Indian journal of veterinary science and animal husbandry - Volume 1,
Year: 1931
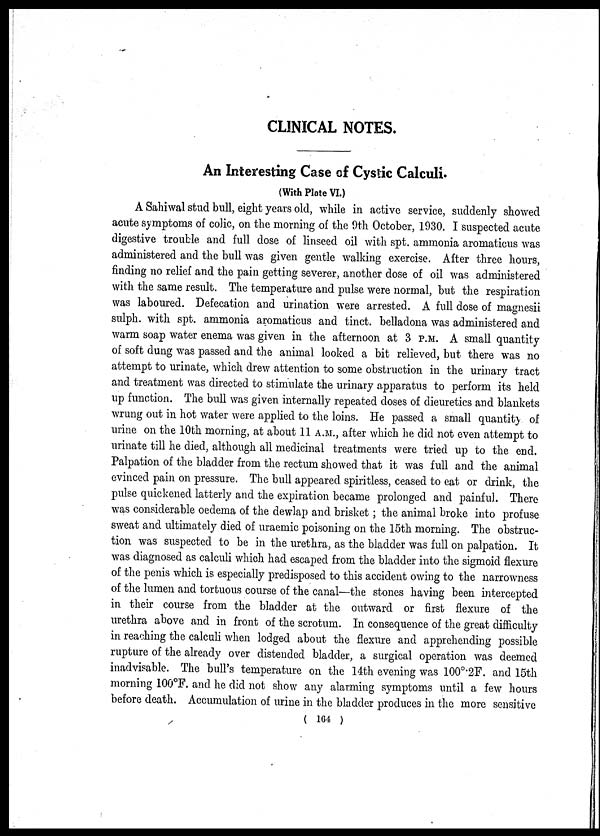
CLINICAL NOTES.
An Interesting Case of Cystic Calculi.
(With Plate VI.)
A Sahiwal stud bull, eight years old, while in active service, suddenly showed
acute symptoms of colic, on the morning of the 9th October, 1930. I suspected acute
digestive trouble and full dose of linseed oil with spt. ammonia aromaticus was
administered and the bull was given gentle walking exercise. After three hours,
finding no relief and the pain getting severer, another dose of oil was administered
with the same result. The temperature and pulse were normal, but the respiration
was laboured. Defecation and urination were arrested. A full dose of magnesii
sulph. with spt. ammonia aromaticus and tinct. belladona was administered and
warm soap water enema was given in the afternoon at 3 P.M. A small quantity
of soft dung was passed and the animal looked a bit relieved, but there was no
attempt to urinate, which drew attention to some obstruction in the urinary tract
and treatment was directed to stimulate the urinary apparatus to perform its held
up function. The bull was given internally repeated doses of dieuretics and blankets
wrung out in hot water were applied to the loins. He passed a small quantity of
urine on the 10th morning, at about 11 A.M., after which he did not even attempt to
urinate till he died, although all medicinal treatments were tried up to the end.
Palpation of the bladder from the rectum showed that it was full and the animal
evinced pain on pressure. The bull appeared spiritless, ceased to eat or drink, the
pulse quickened latterly and the expiration became prolonged and painful. There
was considerable oedema of the dewlap and brisket; the animal broke into profuse
sweat and ultimately died of uraemic poisoning on the 15th morning. The obstruc-
tion was suspected to be in the urethra, as the bladder was full on palpation. It
was diagnosed as calculi which had escaped from the bladder into the sigmoid flexure
of the penis which is especially predisposed to this accident owing to the narrowness
of the lumen and tortuous course of the canal—the stones having been intercepted
in their course from the bladder at the outward or first flexure of the
urethra above and in front of the scrotum. In consequence of the great difficulty
in reaching the calculi when lodged about the flexure and apprehending possible
rupture of the already over distended bladder, a surgical operation was deemed
inadvisable. The bull's temperature on the 14th evening was 100 o .2F. and 15th
morning 100°F. and he did not show any alarming symptoms until a few hours
before death. Accumulation of urine in the bladder produces in the more sensitive
( 164 )